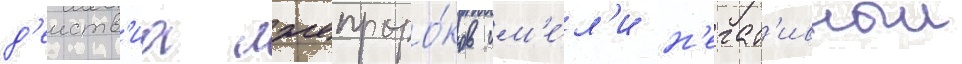
д'еиств'иа лжепроро́ков им'е́л'и н'егат'ивныи